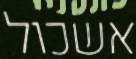
אשכול